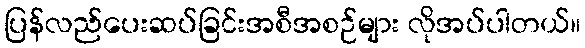
ပြန်လည်ပေးဆပ်ခြင်းအစီအစဉ်များ လိုအပ်ပါတယ်။